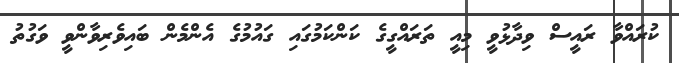
ކުރައްވާ ރައީސް ވިދާޅުވީ މިއީ ތަރައްގީގެ ކަންކަމުގައި ގައުމުގެ އެންމެން ބައިވެރިވާންވީ ވަގުތު